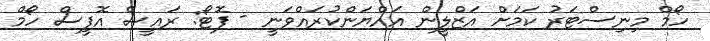
ހޯމް މިނިސްޓަރު ކަމަށް އަޒްލީން އައްޔަންކުރައްވަނީ - ފޮޓޯ: ރައީސް އޮފީސް ހޯމް